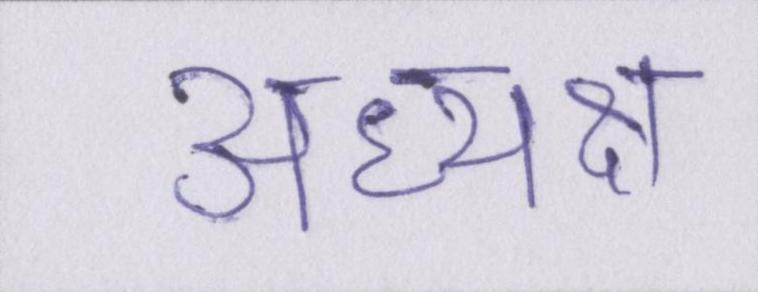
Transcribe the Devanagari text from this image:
अध्यक्ष